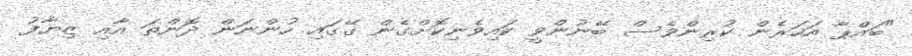
"ބައްޕާ އަހަރެން ކުރިންވެސް ބޭނުންވީ ކައިވެނިކޮށްގެން ގޭގައި ހުންނަން ދޮންތަ އާއި ޒިޔާފު